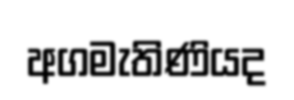
අගමැතිණියද